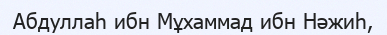
Абдуллаһ ибн Мұхаммад ибн Нәжиһ,